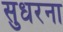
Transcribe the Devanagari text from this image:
सुधरना